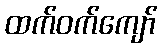
ထက်ဝက်ကျော်